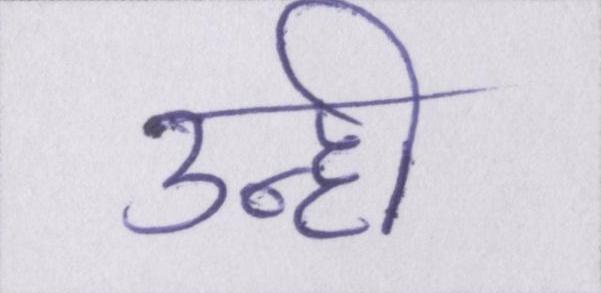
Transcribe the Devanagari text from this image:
उन्हीं